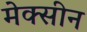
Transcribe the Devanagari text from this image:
मेक्सीन